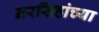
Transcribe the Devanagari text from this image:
नरसिंहांच्या